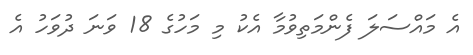
އެ މައްސަލަ ފެންމަތިވުމާ އެކު މި މަހުގެ 18 ވަނަ ދުވަހު އެ